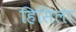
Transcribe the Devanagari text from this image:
हिसिला